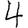
Digit: 4